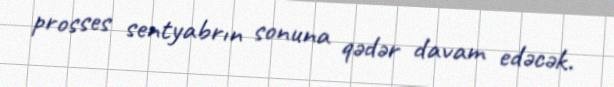
prosses sentyabrın sonuna qədər davam edəcək.